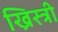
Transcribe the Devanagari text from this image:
ख्रिस्त्री